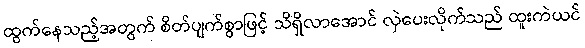
ထွက်နေသည့်အတွက် စိတ်ပျက်စွာဖြင့် သိရှိလာအောင် လှဲပေးလိုက်သည် ထူးကဲယင်